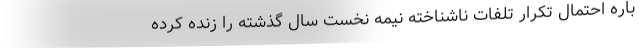
باره احتمال تکرار تلفات ناشناخته نیمه نخست سال گذشته را زنده کرده